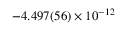
- 4 . 4 9 7 ( 5 6 ) \times 1 0 ^ { - 1 2 }